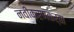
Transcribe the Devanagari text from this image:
नवीकरणकर्ता